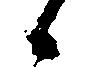
候